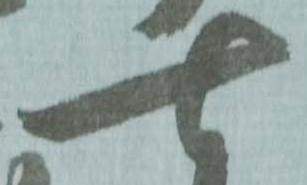
七